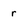
Character: r